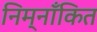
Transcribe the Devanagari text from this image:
निम्नाँकित